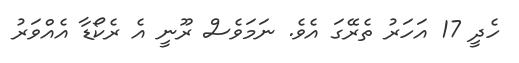
ހެދީ 17 އަހަރު ތެރޭގަ އެވެ. ނަމަވެސް ރޫނީ އެ ރެކޯޑާ އެއްވަރު